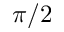
\pi / 2